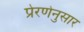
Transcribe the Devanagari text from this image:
प्रेरणेनुसार